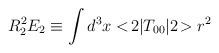
LaTeX: \begin{align*}R_2^2 E_2 \equiv \int d^3x <\!2|T_{00}|2\!> r^2 \end{align*}